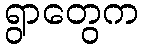
ရွာတွေက